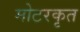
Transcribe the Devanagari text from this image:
मोटरकृत